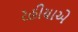
રહીયાએ